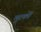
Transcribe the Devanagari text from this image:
मुरकों